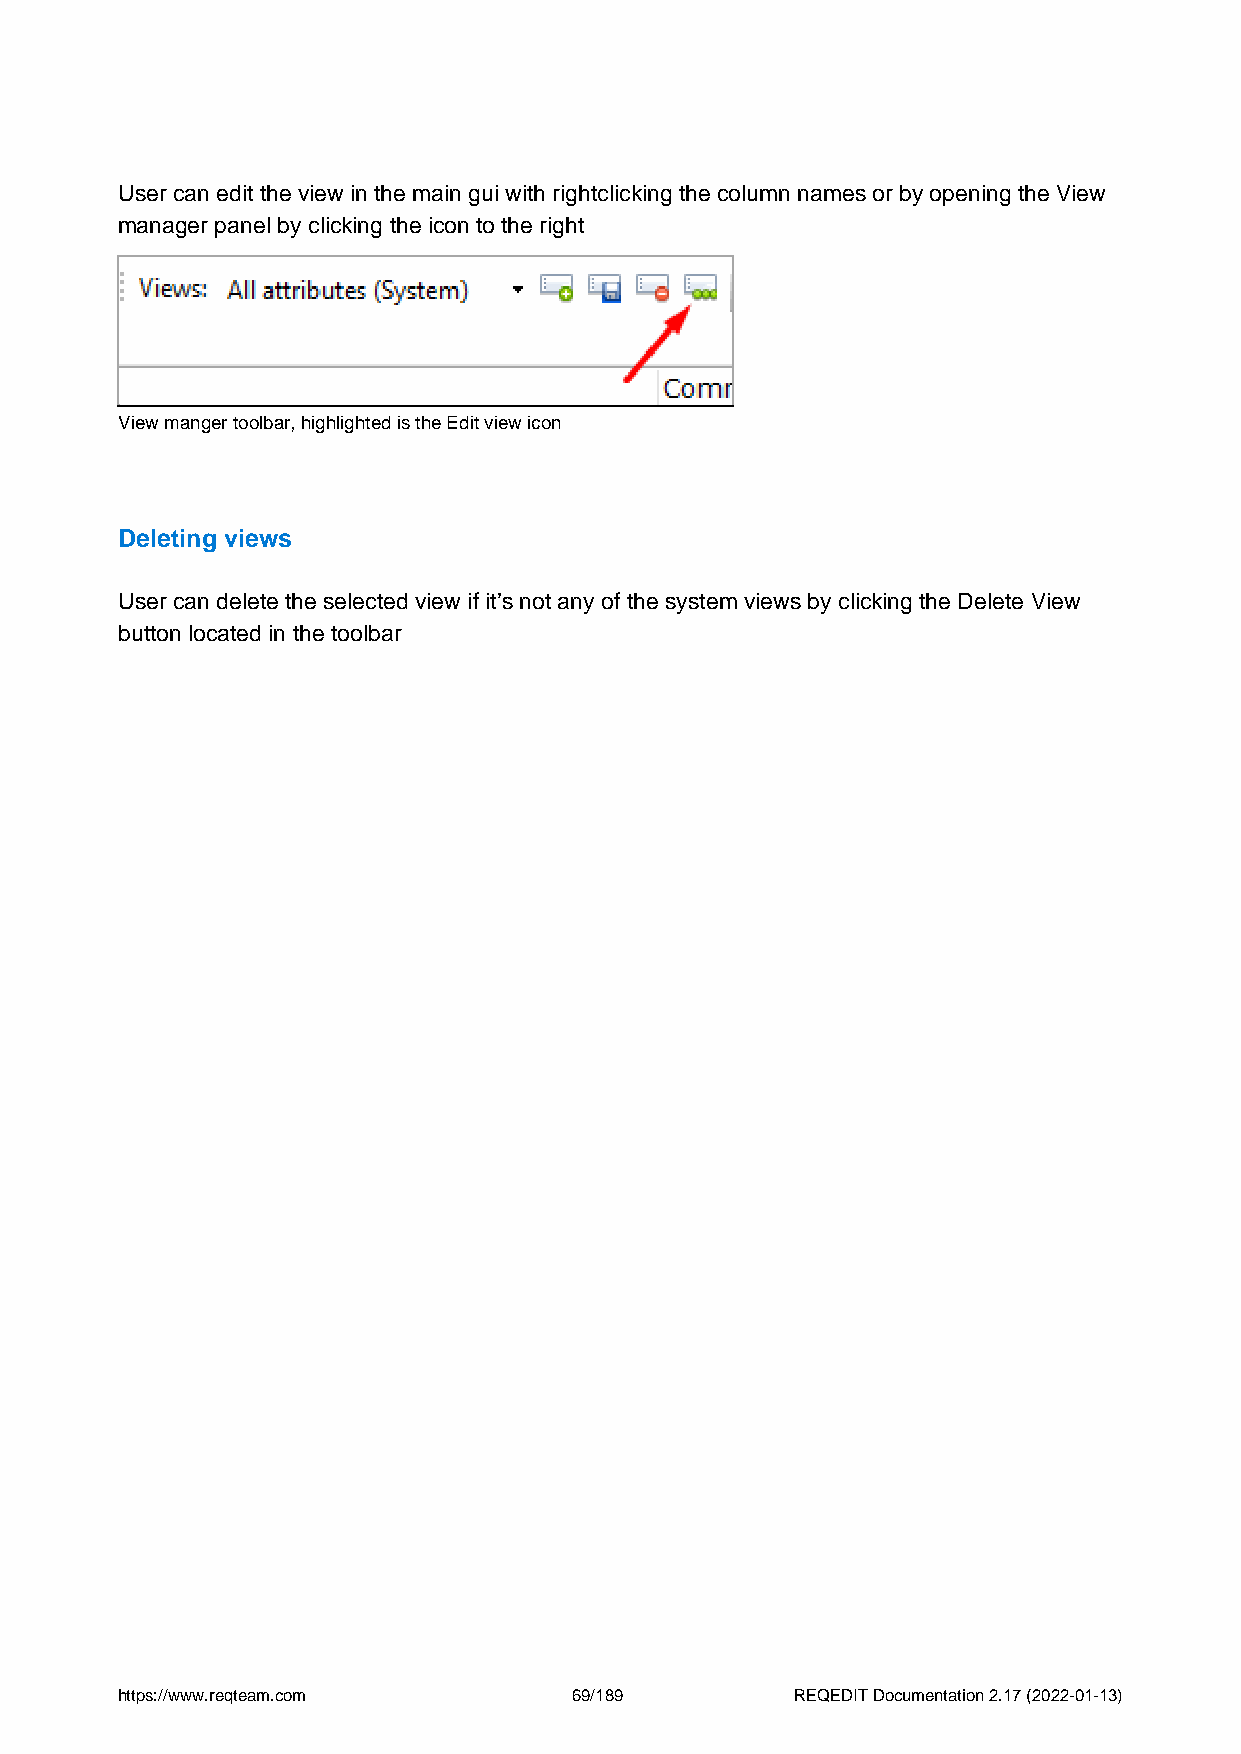
User can edit the view in the main gui with rightclicking the column names or by opening the View
 manager panel by clicking the icon to the right
 View manger toolbar, highlighted is the Edit view icon
 Deleting views
 User can delete the selected view if it’s not any of the system views by clicking the Delete View
 button located in the toolbar
 https://www.reqteam.com       69/189         REQEDIT Documentation 2.17 (2022-01-13)